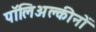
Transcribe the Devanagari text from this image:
पॉलिअल्कीनों